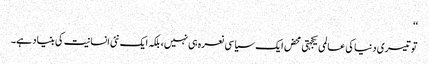
‘‘
تو تیسری دنیا کی عالمی یکجہتی محض ایک سیاسی نعرہ ہی نہیں، بلکہ ایک نئی انسانیت کی بنیاد ہے۔